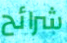
شرائح